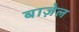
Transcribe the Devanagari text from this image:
बाज़ेल